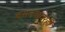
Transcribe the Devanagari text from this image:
बसल्यावरही